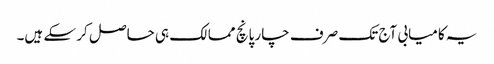
یہ کامیابی آج تک صرف چار پانچ ممالک ہی حاصل کر سکے ہیں۔